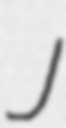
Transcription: J